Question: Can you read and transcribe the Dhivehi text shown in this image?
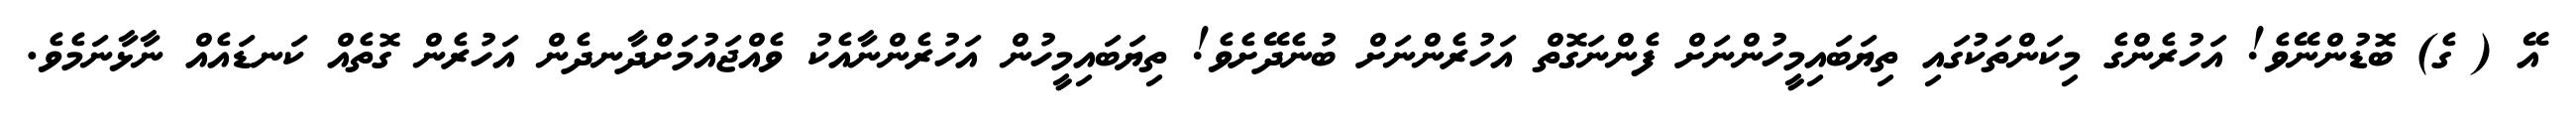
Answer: އޭ ( ގެ) ބޮޑުންނޭވެ! އަހުރެންގެ މިކަންތަކުގައި ތިޔަބައިމީހުންނަށް ފެންނަގޮތް އަހުރެންނަށް ބުނެދޭށެވެ! ތިޔަބައިމީހުން އަހުރެންނާއެކު ވެއްޖައުމަށްދާނދެން އަހުރެން ގޮތެއް ކަނޑައެއް ނާޅާނަމެވެ.